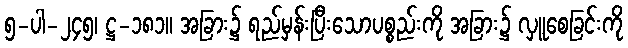
၅-ပါ-၂၄၅၊ ဋ္ဌ-၁၈၁။ အခြား၌ ရည်မှန်းပြီးသောပစ္စည်းကို အခြား၌ လှူစေခြင်းကို